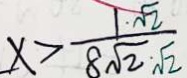
x > \frac { 1 \sqrt { 2 } } { 8 \sqrt { 2 } \sqrt { 2 } }